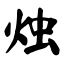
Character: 烛